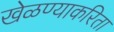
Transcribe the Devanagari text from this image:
खेळण्याकरिता